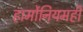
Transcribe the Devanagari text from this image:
हार्मोनियमही